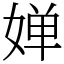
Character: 婵